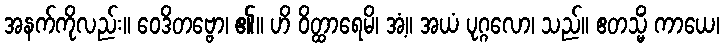
အနက်ကိုလည်း။ ဝေဒိတဗ္ဗော၊ ၏။ ဟိ ဝိတ္ထာရေမိ၊ အံ့။ အယံ ပုဂ္ဂလော၊ သည်။ ဧတသ္မိံ ကာယေ၊